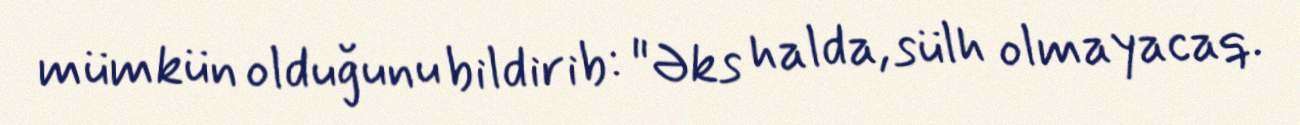
mümkün olduğunu bildirib: "Əks halda, sülh olmayacaq.